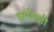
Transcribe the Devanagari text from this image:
सर्पयक्षी